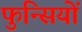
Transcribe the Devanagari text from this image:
फुन्सियों